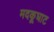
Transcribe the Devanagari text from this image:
मदकूघाट